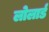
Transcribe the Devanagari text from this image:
लोलार्ड